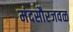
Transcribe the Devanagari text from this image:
मंदसौरजवळ